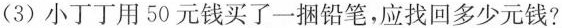
(3)小丁丁用50元钱买了一捆铅笔，应找回多少元钱?